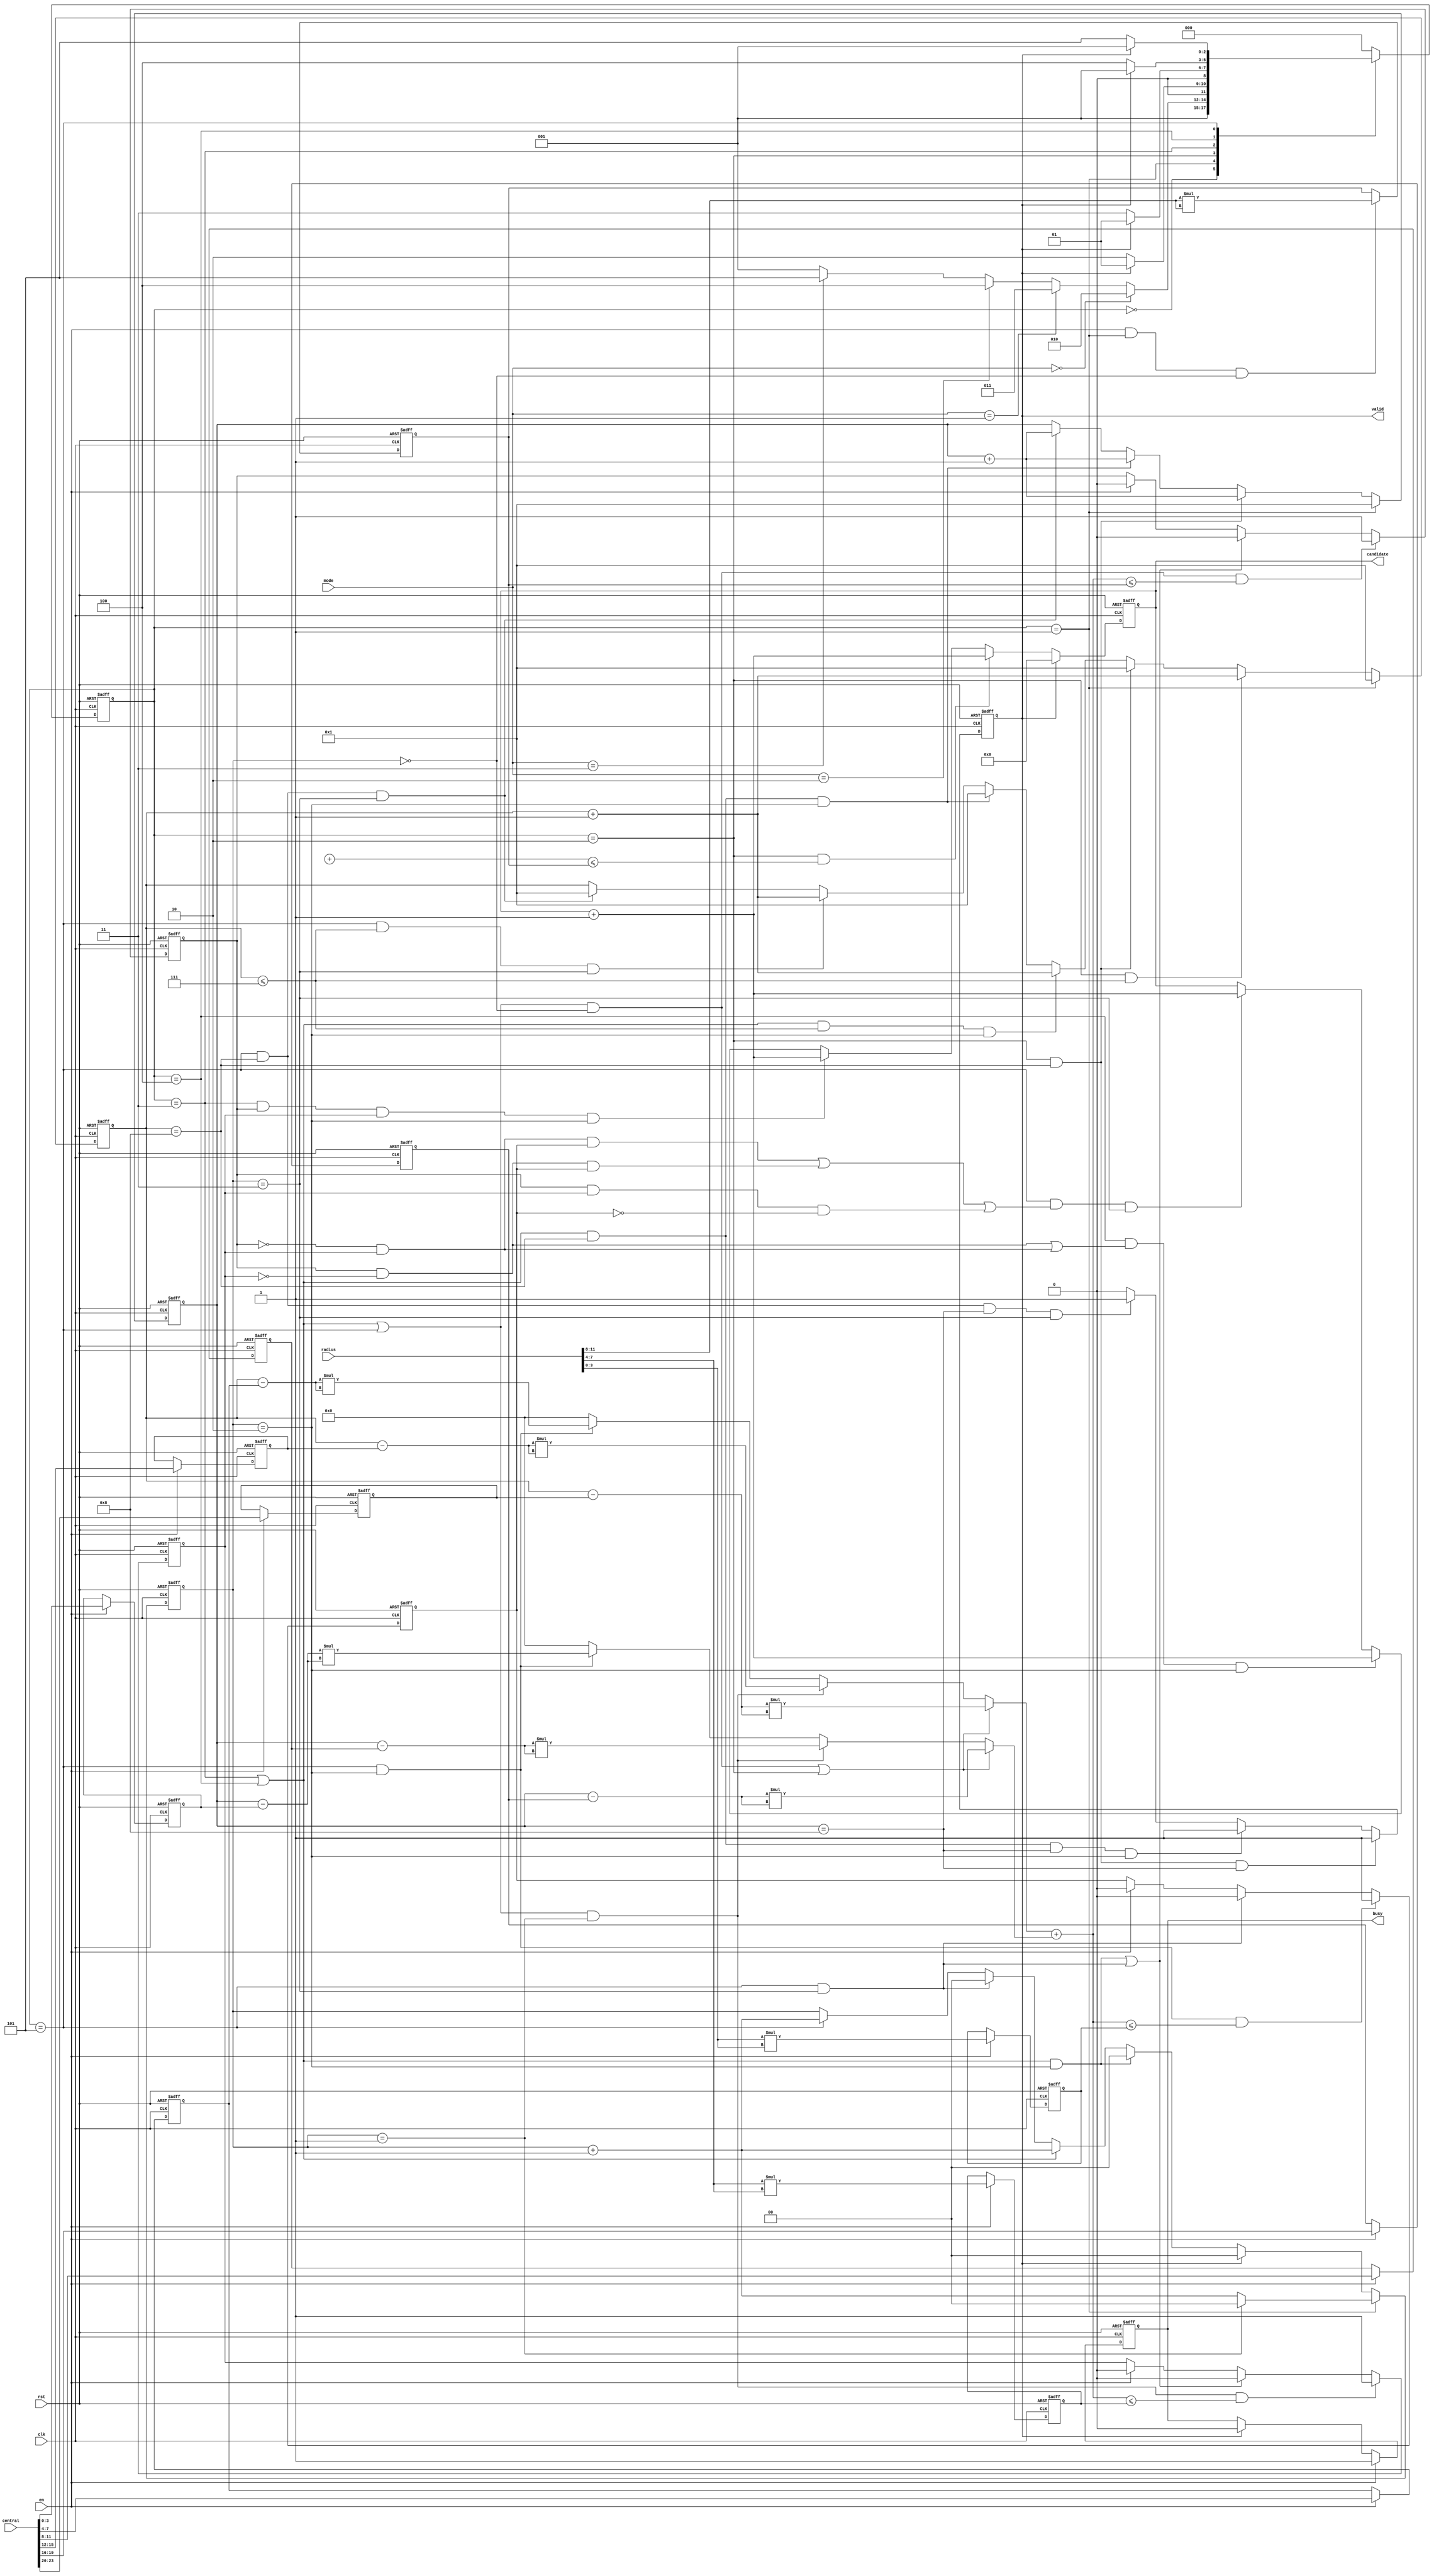
module SET ( clk , rst, en, central, radius, mode, busy, valid, candidate );

input clk, rst;
input en;
input [23:0] central;
input [11:0] radius;
input [1:0] mode;
output busy;
output valid;
output [7:0] candidate;

reg busy;
reg valid;
reg [7:0] candidate;

reg [2:0] state;
reg [2:0] next_state;


reg [3:0] x1;
reg [3:0] y1;
reg [3:0] x2;
reg [3:0] y2;
reg [3:0] x3;
reg [3:0] y3;
reg [7:0] radius_square_reg1;
reg [7:0] radius_square_reg2;
reg [7:0] radius_square_reg3;



reg [4:0] x;
reg [4:0] y;

wire signed [4:0] x_x1;
assign x_x1=x-x1;


wire signed [4:0] y_y1;
assign y_y1=y-y1;

wire signed [4:0] x_x2;
assign x_x2=x-x2;


wire signed [4:0] y_y2;
assign y_y2=y-y2;



wire signed [4:0] x_x3;
assign x_x3=x-x3;



wire signed [4:0] y_y3;
assign y_y3=y-y3;


wire signed [9:0] x_x_square;

always @(*) begin
    if(( (state==MODE1 || state==MODE2 || state==MODE3) && counter==0 ) || state==MODE0)
        x_x_square=x_x1*x_x1;
    else if((state == MODE1 || state==MODE2 || state==MODE3) && counter==1)
        x_x_square=x_x2*x_x2;
    else if(state==MODE3 && counter==2)
        x_x_square=x_x3*x_x3;
    else
        x_x_square = 10'b0;
end

wire signed [9:0] y_y_square;

always @(*) begin
    if( ( (state==MODE1 || state==MODE2 || state==MODE3) && counter==0 ) || state==MODE0)
        y_y_square=y_y1*y_y1;
    else if((state == MODE1 || state==MODE2 || state==MODE3) && counter==1)
        y_y_square=y_y2*y_y2;
    else if(state==MODE3 && counter==2)
        y_y_square=y_y3*y_y3;
    else
        y_y_square = 10'b0;
end





// wire signed [9:0] x_x1_square;
// assign x_x1_square=x_x1*x_x1;

// wire signed [9:0] y_y1_square;
// assign y_y1_square=y_y1*y_y1;

// wire signed [9:0] x_x2_square;
// assign x_x2_square=x_x2*x_x2;

// wire signed [9:0] y_y2_square;
// assign y_y2_square=y_y2*y_y2;

// wire signed [9:0] x_x3_square;
// assign x_x3_square=x_x3*x_x3;

// wire signed [9:0] y_y3_square;
// assign y_y3_square=y_y3*y_y3;





reg [1:0] counter;
reg right_wrong1;
reg right_wrong2;
reg right_wrong3;

parameter IDLE = 0;
parameter STORE = 1;
parameter MODE0 = 2;
parameter MODE1 = 3;
parameter MODE2 = 4;
parameter MODE3 = 5;

always @(*) begin
    case(state)
        IDLE:next_state=STORE;
        STORE:begin
            if( mode==0)
                next_state=MODE0;
            else if( mode== 1)
                next_state=MODE1;
            else if( mode==2)
                next_state=MODE2;
            else if( mode==3)
                next_state=MODE3; 
            else
                next_state=STORE;
        end
        MODE0:next_state=(valid)?STORE:MODE0;
        MODE1:next_state=(valid)?STORE:MODE1;
        MODE2:next_state=(valid)?STORE:MODE2;
        MODE3:next_state=(valid)?STORE:MODE3;
        default:next_state=IDLE;
    endcase
end

always @(posedge clk or posedge rst) begin
    if(rst)
        state<=IDLE;
    else
        state<=next_state;
end

always @(posedge clk or posedge rst) begin
    if(rst)
        x<=1;
    else if(state==STORE)
        x<=1;
    else if(state==MODE0 && x<=7)
        x<=x+1;
    else if(state==MODE0 && x==8)
        x<=1;
    else if((state==MODE1 || state==MODE2) && x<=7 && counter==2 )
        x<=x+1;
    else if((state==MODE1 || state==MODE2) && x==8 && counter==2 )
        x<=1;
    else if(state==MODE3 && x<=7 && counter==3 )
        x<=x+1;
    else if(state==MODE3 && x==8 && counter==3 )
        x<=1;
    else
        x<=x;
end

always @(posedge clk or posedge rst) begin
    if(rst)
        y<=1;
    else if(state==STORE)
        y<=1;
    else if(state==MODE0 && x==8)
        y<=y+1;
    else if((state==MODE1 || state==MODE2) && x==8 && counter==2 )
        y<=y+1;
    else if(state==MODE3 && x==8 && counter==3)
        y<=y+1;
    else
        y<=y;
end

always @(posedge clk or posedge rst) begin
    if (rst)
        x1<=0;
    else if(en)
        x1<=central[23:20];
    else
        x1<=x1;
end

always @(posedge clk or posedge rst) begin
    if (rst)
        y1<=0;
    else if(en)
        y1<=central[19:16];
    else
        y1<=y1;
end

always @(posedge clk or posedge rst) begin
    if (rst)
        x2<=0;
    else if(en)
        x2<=central[15:12];
    else
        x2<=x2;
end

always @(posedge clk or posedge rst) begin
    if (rst)
        y2<=0;
    else if(en)
        y2<=central[11:8];
    else
        y2<=y2;
end

always @(posedge clk or posedge rst) begin
    if (rst)
        x3<=0;
    else if(en)
        x3<=central[7:4];
    else
        x3<=x3;
end

always @(posedge clk or posedge rst) begin
    if (rst)
        y3<=0;
    else if(en)
        y3<=central[3:0];
    else
        y3<=y3;
end


always @(posedge clk or posedge rst) begin
    if(rst)
        radius_square_reg1<=0;
    else if(en && (state == STORE) && (counter == 1'd0))
        radius_square_reg1<=radius[11:8]*radius[11:8];
    else
        radius_square_reg1<=radius_square_reg1;
end

always @(posedge clk or posedge rst) begin
    if(rst)
        radius_square_reg2<=0;
    else if(en)
        radius_square_reg2<=radius[7:4]*radius[7:4];
    else
        radius_square_reg2<=radius_square_reg2;
end

always @(posedge clk or posedge rst) begin
    if(rst)
        radius_square_reg3<=0;
    else if(en)
        radius_square_reg3<=radius[3:0]*radius[3:0];
    else
        radius_square_reg3<=radius_square_reg3;
end

always @(posedge clk or posedge rst) begin
    if(rst)
        candidate<=0;
    else if(valid)
        candidate<=0;
    else if(state==MODE0 && ((x_x1_square+y_y1_square)<=radius_square_reg1) )
        candidate<=candidate+1;
    else if(state==MODE1 && right_wrong1 && right_wrong2 && counter==2)
        candidate<=candidate+1;
    else if(state==MODE2 && ((right_wrong1 && !right_wrong2) || (!right_wrong1 && right_wrong2)) && counter==2)
        candidate<=candidate+1;
    else if(state==MODE3 && ((!right_wrong1 && right_wrong2 && right_wrong3) || (right_wrong1 && !right_wrong2 && right_wrong3) || (right_wrong1 && right_wrong2 && !right_wrong3)) && counter==3)
        candidate<=candidate+1;
    else
        candidate<=candidate;
end

always @(posedge clk or posedge rst) begin
    if(rst)
        counter<=0;
    else if (state == STORE )
        counter <= counter == 1 ? 0 : counter + 1;
    else if(valid)
        counter<=0;
    else if((state==MODE1 || state==MODE2) && counter==2 )
        counter<=0;
    else if(state==MODE1 || state==MODE2)
        counter<=counter+1;
    else if(state==MODE3 && counter==3)
        counter<=0;
    else if(state==MODE3)
        counter<=counter+1;
    else
        counter<=counter;
end

always @(posedge clk or posedge rst) begin
    if(rst)
        right_wrong1<=0;
    else if((state==MODE1 || state==MODE2 || state==MODE3) && counter==0 && (x_x_square+y_y_square)<=radius_square_reg1)
        right_wrong1<=1;
    else if(((state==MODE1 || state==MODE2) && counter==2) || (state==MODE3 && counter==3))
        right_wrong1<=0;
    else if(en)
        right_wrong1<=0;
    else
        right_wrong1<=right_wrong1;
end

always @(posedge clk or posedge rst) begin
    if(rst)
        right_wrong2<=0;
    else if((state==MODE1 || state==MODE2 || state==MODE3) && counter==1 && (x_x_square+y_y_square)<=radius_square_reg2)
        right_wrong2<=1;
    else if(((state==MODE1 || state==MODE2) && counter==2) || (state==MODE3 && counter==3))
        right_wrong2<=0;
    else if(en)
        right_wrong2<=0;
    else
        right_wrong2<=right_wrong2;
end

always @(posedge clk or posedge rst) begin
    if(rst)
        right_wrong3<=0;
    else if(state==MODE3 && counter==2 && (x_x_square+y_y_square)<=radius_square_reg3)
        right_wrong3<=1;
    else if(state==MODE3 && counter==3)
        right_wrong3<=0;
    else if(en)
        right_wrong3<=0;
    else
        right_wrong3<=right_wrong3;
end

always @(posedge clk or posedge rst) begin
    if(rst)
        busy<=0;
    else if(en)
        busy<=1;
    else if(valid)
        busy<=0;
    else
        busy<=busy;
end

always @(posedge clk or posedge rst) begin
    if(rst)
        valid<=0;
    else if(state==MODE0 && x==8 && y==8)
        valid<=1;
    else if((state==MODE1 || state==MODE2) && x==8 && y==8 && counter==2)
        valid<=1;
    else if(state==MODE3 && x==8 && y==8 && counter==3)
        valid<=1;
    else if(valid)
        valid<=0;
    else
        valid<=0;
end

endmodule